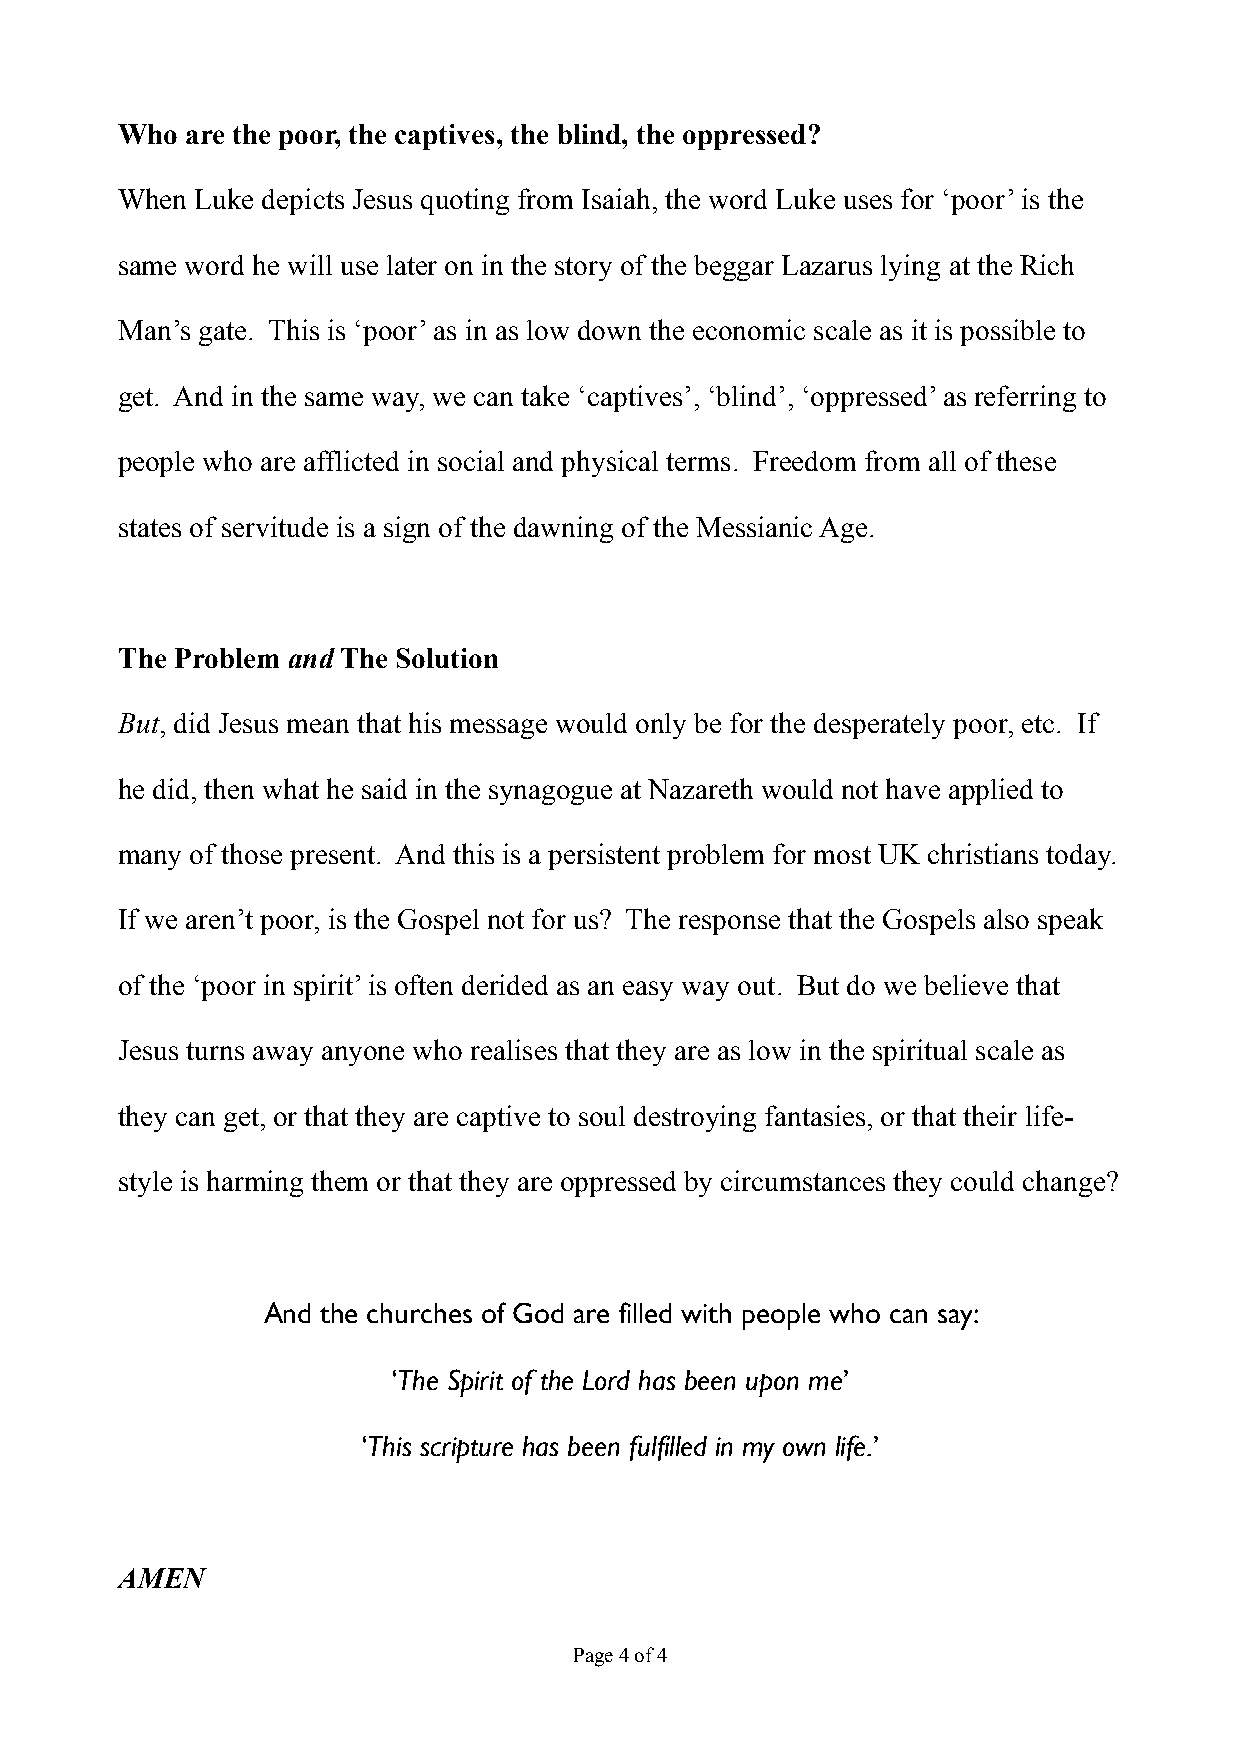
Who are the poor, the captives, the blind, the oppressed?
 When Luke depicts Jesus quoting from Isaiah, the word Luke uses for ‘poor’ is the
 same word he will use later on in the story of the beggar Lazarus lying at the Rich
 Man’s gate. This is ‘poor’ as in as low down the economic scale as it is possible to
 get. And in the same way, we can take ‘captives’, ‘blind’, ‘oppressed’ as referring to
 people who are afflicted in social and physical terms. Freedom from all of these
 states of servitude is a sign of the dawning of the Messianic Age.
 The Problem and The Solution
 But, did Jesus mean that his message would only be for the desperately poor, etc. If
 he did, then what he said in the synagogue at Nazareth would not have applied to
 many of those present. And this is a persistent problem for most UK christians today.
 If we aren’t poor, is the Gospel not for us? The response that the Gospels also speak
 of the ‘poor in spirit’ is often derided as an easy way out. But do we believe that
 Jesus turns away anyone who realises that they are as low in the spiritual scale as
 they can get, or that they are captive to soul destroying fantasies, or that their life-
 style is harming them or that they are oppressed by circumstances they could change?
 And the churches of God are filled with people who can say:
 ‘The Spirit of the Lord has been upon me’
 ‘This scripture has been fulfilled in my own life.’
 AMEN
 Page 4 of 4